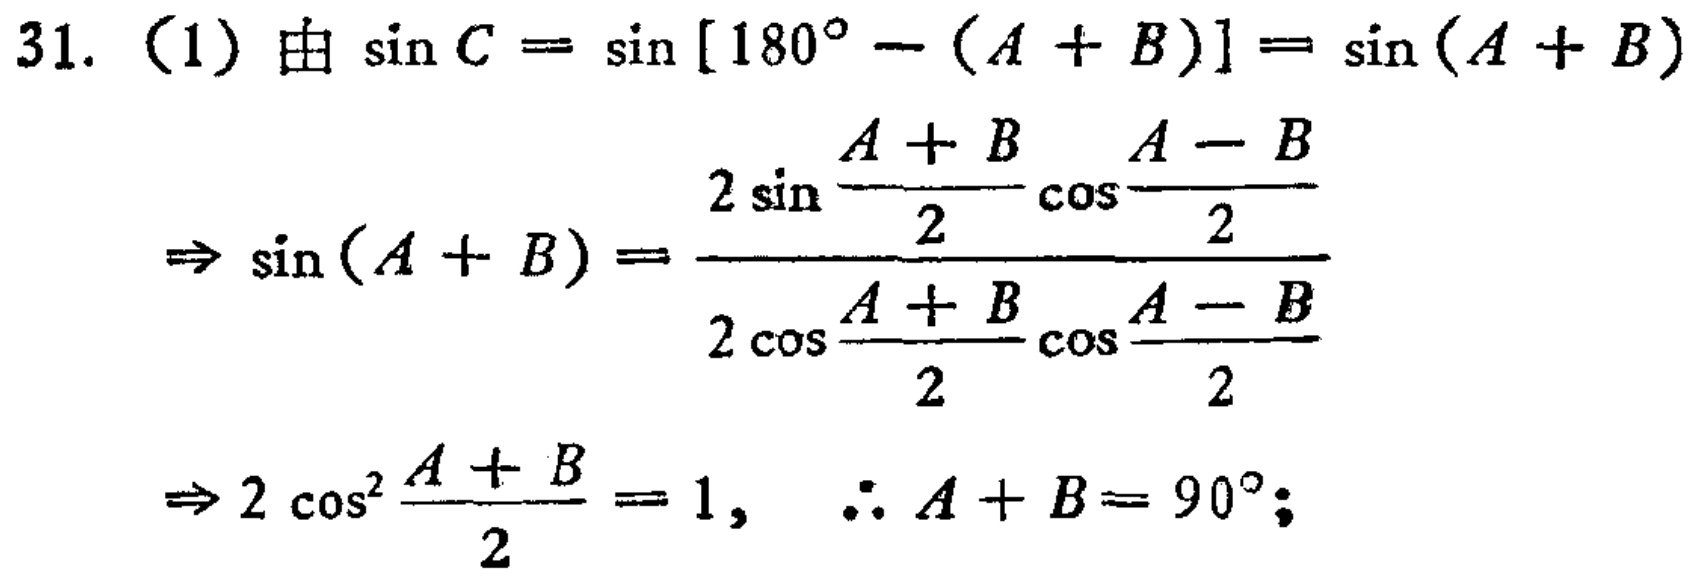
\[
\begin{align*}
31.\ (1)&\text{由 }\sin C=\sin[180^{\circ}-(A + B)]=\sin(A + B)\\
&\Rightarrow\sin(A + B)=\frac{2\sin\frac{A + B}{2}\cos\frac{A - B}{2}}{2\cos\frac{A + B}{2}\cos\frac{A - B}{2}}\\
&\Rightarrow2\cos^{2}\frac{A + B}{2}=1,\ \therefore A + B = 90^{\circ};
\end{align*}
\]